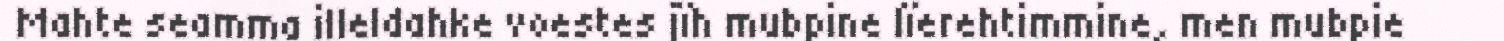
Mahte seamma illeldahke voestes jïh mubpine lïerehtimmine, men mubpie